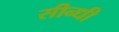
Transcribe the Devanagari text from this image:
सीन्धी